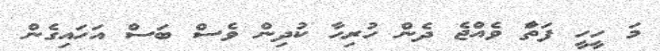
މަ ހީހީ ފަތާަ ވެއްޖެ ދެން ހުރިހާ ކުދިން ވެސް ބަސް އަހައިގެން